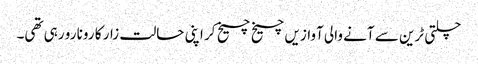
چلتی ٹرین سے آنے والی آوازیں چیخ چیخ کر اپنی حالت زار کا رونا رو رہی تھی۔